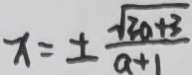
x = \pm \frac { \sqrt { 3 a + 3 } } { a + 1 }